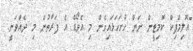
"އޮލިމްޕިކް ކޮމިޓީން ނަން ހުށަހަޅައިގެން މި އެވޯޑް އެ ފަރާތުން މި ދެއްވަނީ.